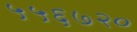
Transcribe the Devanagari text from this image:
५५६७२०